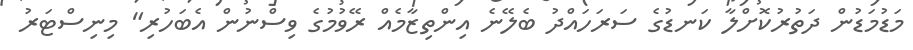
މަޑުމަޑުން ދަތުރުކޮށްލާ ކަނޑުގެ ސަރަހައްދު ބެލޭނެ އިންތިޒާމެއް ރޭވުމުގެ ވިސްނުން އެބަހުރި" މިނިސްޓަރު